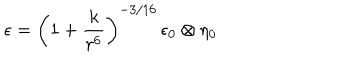
\epsilon = \left( 1 + \frac { k } { r ^ { 6 } } \right) ^ { - 3 / 1 6 } \, \epsilon _ { 0 } \otimes \eta _ { 0 }